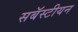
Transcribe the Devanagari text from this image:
सबॅस्टीयन